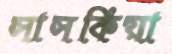
সাসকিয়া